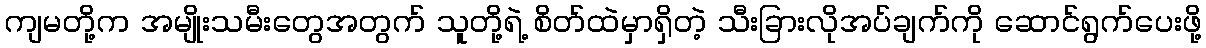
ကျမတို့က အမျိုးသမီးတွေအတွက် သူတို့ရဲ့ စိတ်ထဲမှာရှိတဲ့ သီးခြားလိုအပ်ချက်ကို ဆောင်ရွက်ပေးဖို့